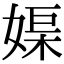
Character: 𡞮